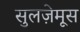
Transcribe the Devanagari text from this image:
सुलज़ेमूस